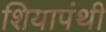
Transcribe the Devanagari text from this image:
शियापंथी